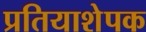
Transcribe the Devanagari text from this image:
प्रतियाशेपक